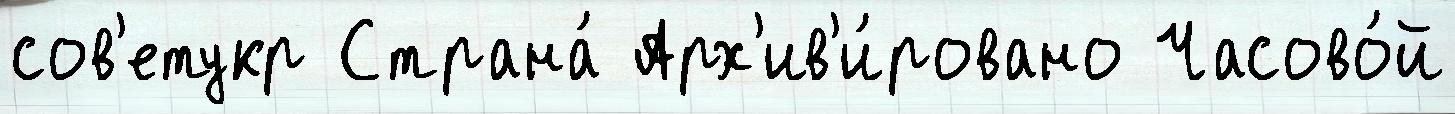
сов'етукр Страна́ Арх'ив'и́ровано Часово́й